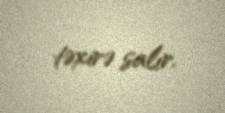
təxirə salır.